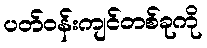
ပတ်ဝန်းကျင်တစ်ခုကို